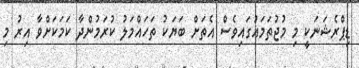
ޑިޕްރެޝަނަކީ މި މުޖުތަމައުގައިވެސް އެތަށް ބަޔަކު ތަހައްމަލު ކުރަމުންދާ ކަމަކަށްވާ އިރު މި